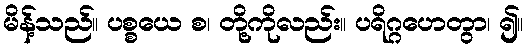
မိန့်သည်။ ပစ္စယေ စ၊ တို့ကိုလည်း။ ပရိဂ္ဂဟေတွာ၊ ၍။